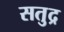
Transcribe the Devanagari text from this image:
सतुद्र